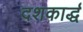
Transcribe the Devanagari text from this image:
दशकार्द्ध